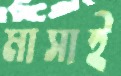
মাসাই